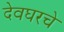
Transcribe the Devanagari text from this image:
देवघरचे